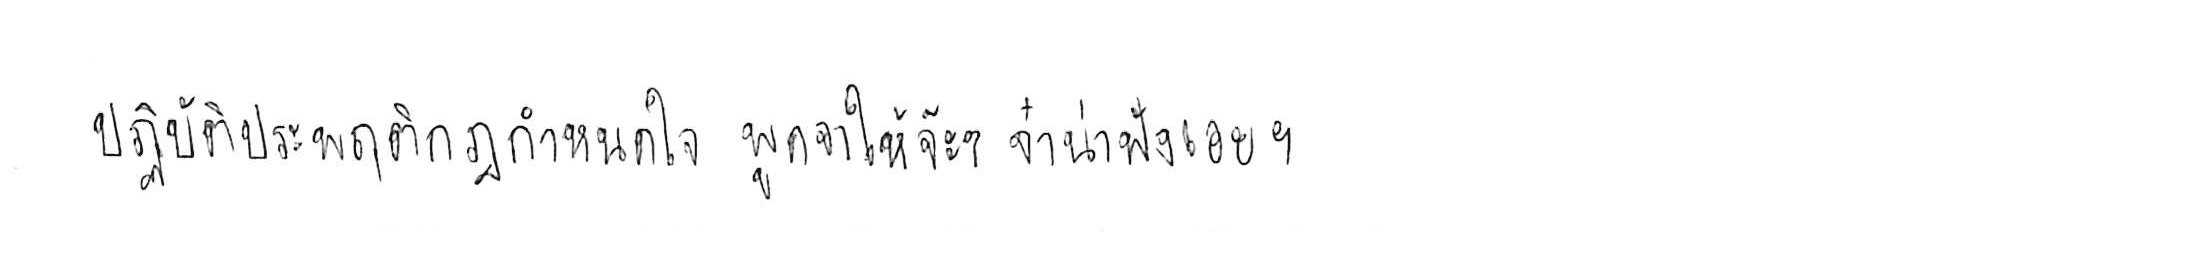
ปฏิบัติประพฤติกฎกำหนดใจ พูดจาให้จ๊ะๆ จ๋า น่าฟังเอยฯ